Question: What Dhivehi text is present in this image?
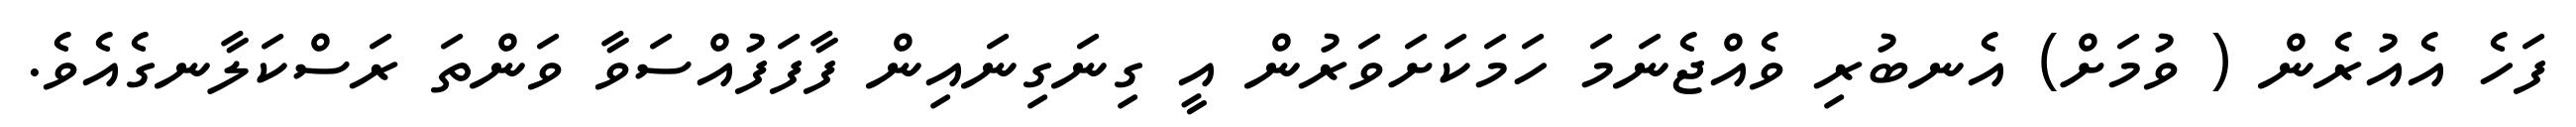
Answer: ފަހެ އެއުރެން ( ވުމަށް) އެނބުރި ވެއްޖެނަމަ ހަމަކަށަވަރުން އީ ގިނަގިނައިން ފާފަފުއްސަވާ ވަންތަ ރަސްކަލާނގެއެވެ.